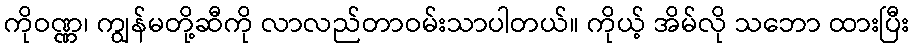
ကိုဝဏ္ဏ၊ ကျွန်မတို့ဆီကို လာလည်တာဝမ်းသာပါတယ်။ ကိုယ့် အိမ်လို သဘော ထားပြီး